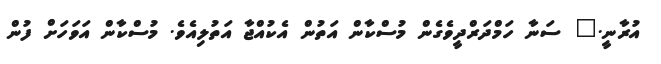
އުރާނީ." ސަނާ ހަމްދަރްދީވެގެން މުސްކާން އަތުން އެކުއްޖާ އަތުލިއެވެ. މުސްކާން އަވަހަށް ފުން